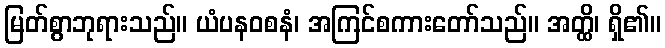
မြတ်စွာဘုရားသည်။ ယံပနဝစနံ၊ အကြင်စကားတော်သည်။ အတ္ထိ၊ ရှိ၏။